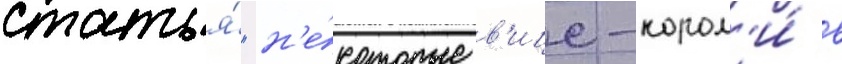
статья́ "н'е́которые в'ице-корол'и́ в